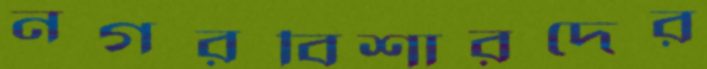
নগরবিশারদের